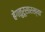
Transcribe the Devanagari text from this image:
बेंगळुरूसारख्या